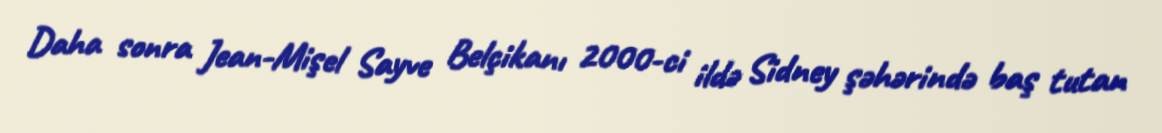
Daha sonra Jean-Mişel Sayve Belçikanı 2000-ci ildə Sidney şəhərində baş tutan